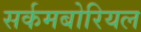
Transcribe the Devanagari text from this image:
सर्कमबोरियल